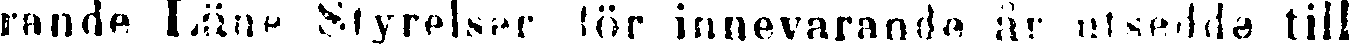
rande Läne Styrelser för innevarande år utsedde till